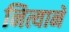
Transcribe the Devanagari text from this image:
नित्याने